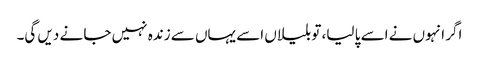
اگر انہوں نے اسے پا لیا، تو بلیاں اسے یہاں سے زندہ نہیں جا نے دیں گی۔